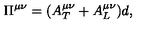
\Pi ^ { \mu \nu } = ( A _ { T } ^ { \mu \nu } + A _ { L } ^ { \mu \nu } ) d ,